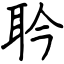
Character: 耹